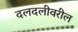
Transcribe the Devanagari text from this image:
दलदलीवरील